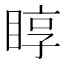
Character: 𥇜